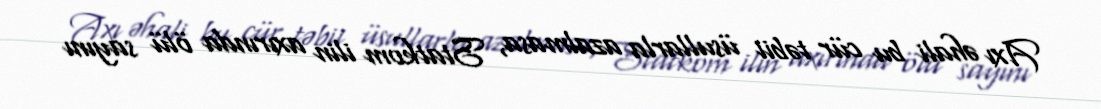
Axı əhali bu cür təbii üsullarla azalmasa, Statkom ilin axırında ölü sayını